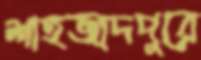
শাহজাদপুরে